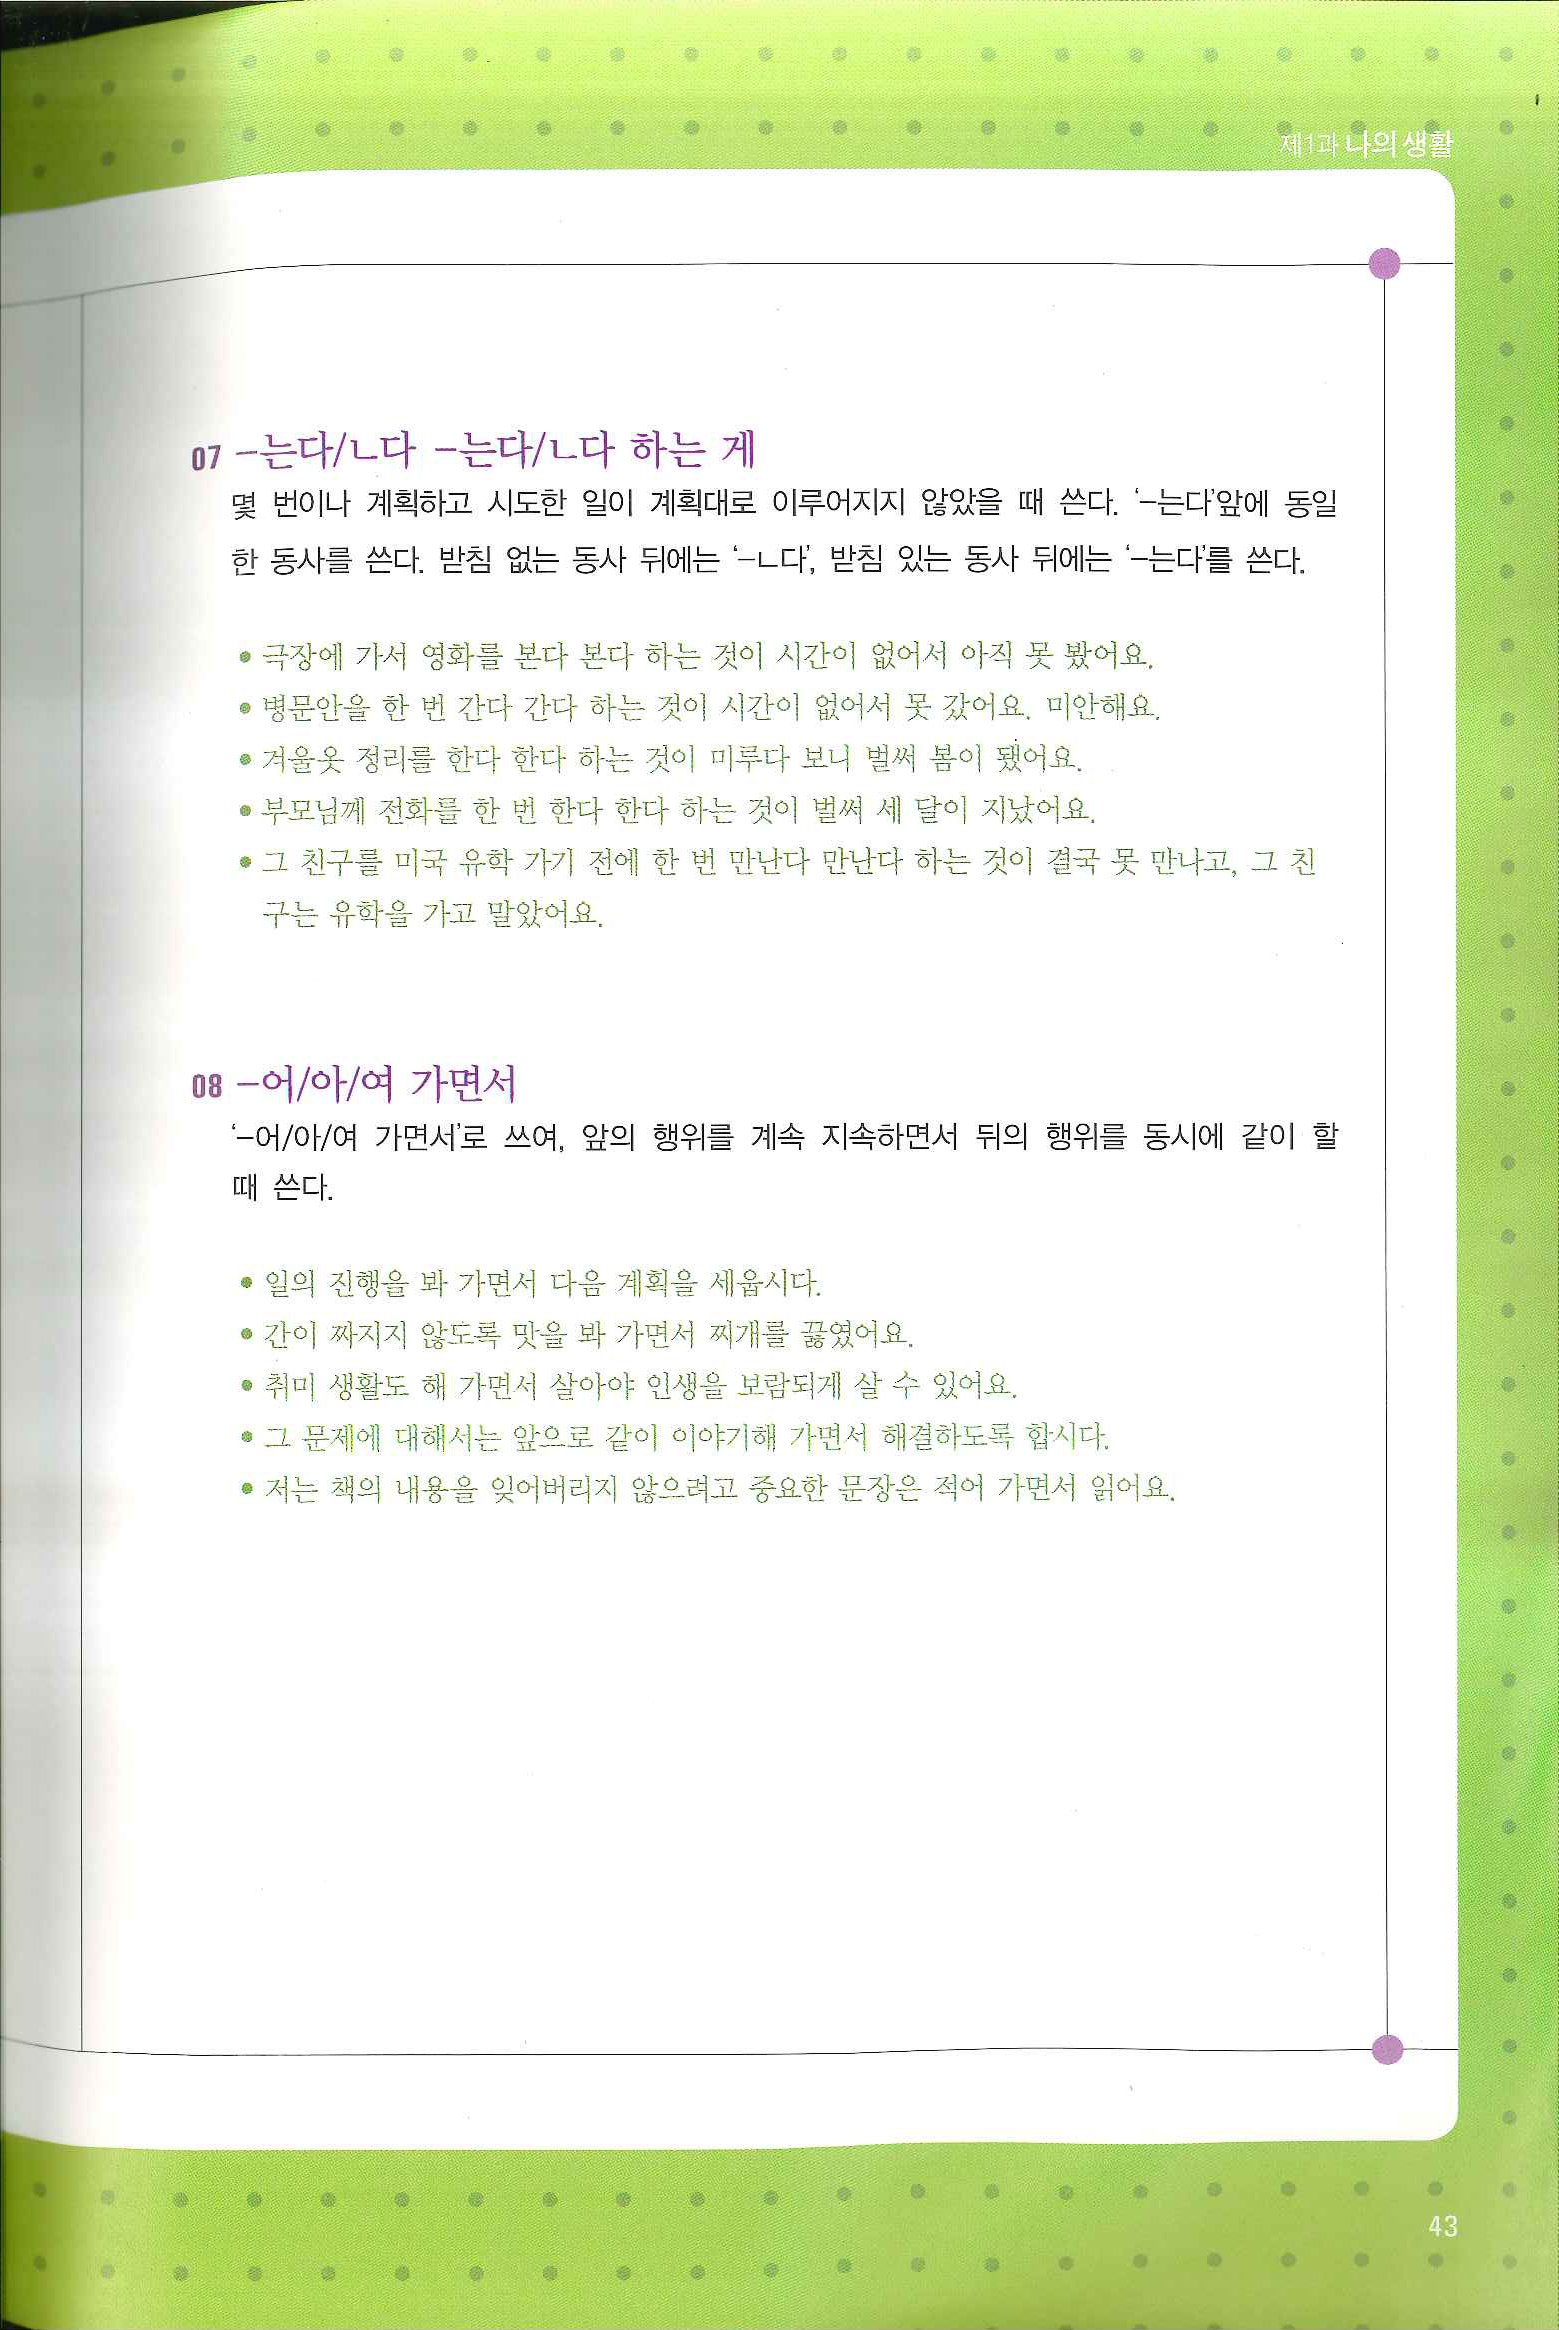
Language: ko